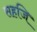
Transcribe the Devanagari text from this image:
सहजि